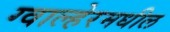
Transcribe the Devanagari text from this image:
ग्वाल्हेरमधील